Scientific memoirs by medical officers of the Army of India - Part II,
Year: 1886
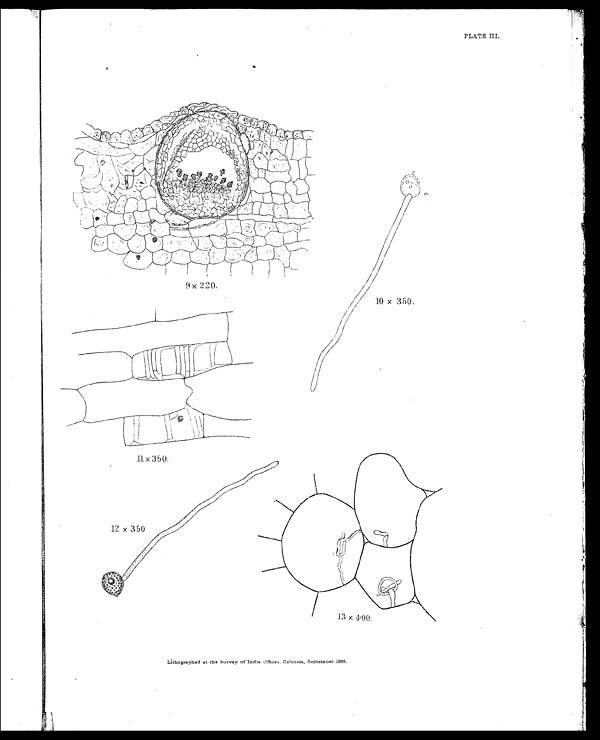
PLATE III.
Lithographed at the Survey of India Offices, Calcutta, September 1886.